Report on horse surra - Volume II, Part II
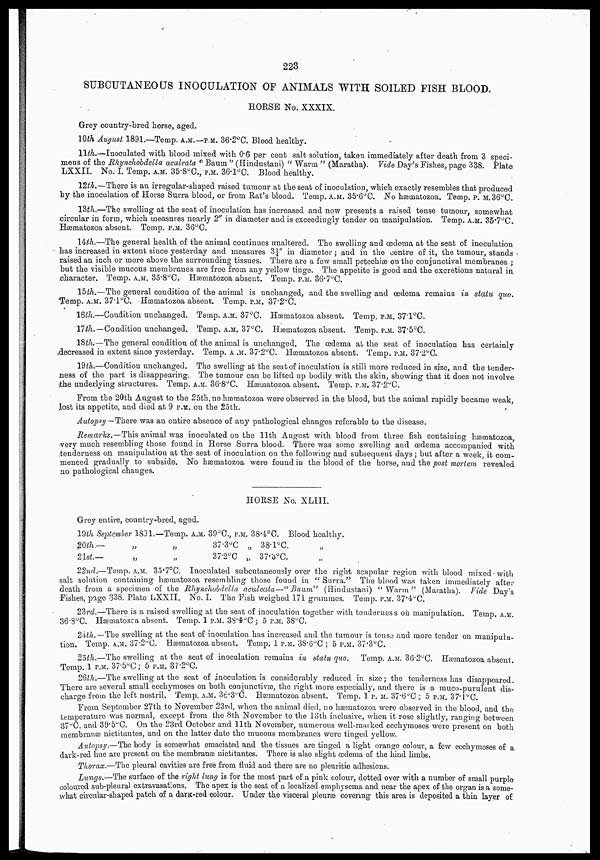
223
SUBCUTANEOUS INOCULATION OF ANIMALS WITH SOILED FISH BLOOD.
HORSE No. XXXIX.
Grey country-bred horse, aged.
10th August 1891.—Temp. A.M.—P.M. 36.2°C. Blood healthy.
11th.—Inoculated with blood mixed with 0.6 per cent salt solution, taken immediately after death from 3 speci-
mens of the Rhynchobdella aculeata " Baum " (Hindustani) " Warm " (Maratha). Vide Day's Fishes, page 338. Plate
LXXII. No. I. Temp. A.M. 35.8°C., P.M. 36.1°C. Blood healthy.
12th.—There is an irregular-shaped raised tumour at the seat of inoculation, which exactly resembles that produced
by the inoculation of Horse Surra blood, or from Rat's blood. Temp. A.M. 35.6°C. NO hæmatozoa. Temp. P.M.36°C.
13th.—The swelling at the seat of inoculation has increased and now presents a raised tense tumour, somewhat
circular in form, which measures nearly 2" in diameter and is exceedingly tender on manipulation. Temp. A.M. 35.7°C.
Hæmatozoa absent. Temp. P.M. 36°C.
14th.—The general health of the animal continues unaltered. The swelling and œdema at the seat of inoculation
has increased in extent since yesterday and measures 3¼" in diameter; and in the centre of it, the tumour, stands
raised an inch or more above the surrounding tissues. There are a few small petechiæ on the conjunctival membranes ;
but the visible mucous membranes are free from any yellow tinge. The appetite is good and the excretions natural in
character. Temp. A.M. 35.8°C. Hæmatozoa absent. Temp. P.M. 36.7°C.
15th.—The general condition of the animal is unchanged, and the swelling and œdema remains in, statu quo.
Temp. A.M. 37.1°C. Hæmatozoa absent. Temp. P.M. 37.2°C.
16th.—Condition unchanged. Temp. A.M. 37°C. Hæmatozoa absent. Temp. P.M. 37.1°C.
17th.—Condition unchanged. Temp. A.M. 37°C. Hæmatozoa absent. Temp. P.M. 37.5°C.
18th.—The general condition of the animal is unchanged. The œdema at the seat of inoculation has certainly
decreased in extent since yesterday. Temp. A.M. 37.2°C. Hæmatozoa absent. Temp. P.M. 37.2°C.
19th.—Condition unchanged. The swelling at the seat of inoculation is still more reduced in size, and the tender-
ness of the part is disappearing. The tumour can be lifted up bodily with the skin, showing that it does not involve
the underlying structures. Temp. A.M. 36.8°C. Hæmatozoa absent. Temp. P.M. 37.2°C.
From the 20th August to the 25th, no hæmatozoa were observed in the blood, but the animal rapidly became weak,
lost its appetite, and died at 9 P.M. on the 25th.
Autopsy — There was an entire absence of any pathological changes referable to the disease.
Remarks.—This animal was inoculated on the 11th August with blood from three fish containing hæmatozoa,
very much resembling those found in Horse Surra blood. There was some swelling and œdema accompanied with
tenderness on manipulation at the seat of inoculation on the following and subsequent days ; but after a week, it com-
menced gradually to subside. No hæmatozoa were found in the blood of the horse, and the post mortem revealed
no pathological changes.
HORSE No. XLIII.
Grey entire, country-bred, aged.
19th
20th.
21st-
September 1891.
— „
—
„
—Temp.
„
„
A.M. 39°C., P.M.
37.3°C
37.2°C
38.4°C. Blood
„ 38.1ºC.
„ 37.3°C.
healthy.
„
„
22nd.—Temp. A.M. 35.7°C. Inoculated subcutaneously over the right scapular region with blood mixed-with
salt solution containing hæmatozoa resembling those found in " Surra." The blood was taken immediately after
death from a specimen of the Rhynchobdella aculeata—"Baum"
(Hindustani) "Warm" (Maratha). Vide Day's
Fishes, page 338. Plate LXXII. No. I. The Fish weighed 171 grammes. Temp. P.M. 37.4°C.
23rd.—There is a raised swelling at the seat of inoculation together with tenderness on manipulation. Temp. A.M.
36.8°C. Hæmatozca absent. Temp. 1 P.M. 38.4°C ; 5 P.M. 38°C.
24th.— The swelling at the seat of inoculation has increased and the tumour is tense and more tender on manipula-
tion. Temp. A.M. 37.2°C. Hæmatozoa absent. Temp. 1 P.M. 38.6°C ; 5 P.M. 37.3°C.
25th.—The swelling at the seat of inoculation remains in statu quo. Temp. A.M. 36.2°C. Hæmatozoa absent.
Temp. 1 P.M. 37.5°C ; 5 P.M. 37.2°C.
26th.—The swelling at the seat of inoculation is considerably reduced in size; the tenderness has disappeared.
There are several small ecchymoses on both conjunctivæ, the right more especially, and there is a muco-purulent dis-
charge from the left nostril. Temp. A.M. 36.3°C. Hæmatozoa absent. Temp. 1 P. M. 37.6°C ; 5 P.M. 37.1°C.
From September 27th to November 23rd, when the animal died, no hæmatozoa were observed in the blood, and the
temperature was normal, except from the 8th November to the 13th inclusive, when it rose slightly, ranging between
37°C. and 39.5°C. On the 23rd October and 11th November, numerous well-marked ecchymoses were present on both
membranæ nictitantes, and on the latter date the mucous membranes were tinged yellow.
Autopsy.—The body is somewhat emaciated and the tissues are tinged a light orange colour, a few ecchymoses of a
dark-red hue are present on the membranæ nictitantes. There is also slight œdema of the hind limbs.
Thorax.—The pleural cavities are free from fluid and there are no pleuritic adhesions.
Lungs.—The surface of the right lung is for the most part of a pink colour, dotted over with a number of small purple
coloured sub-pleural extravasations. The apex is the seat of a localized emphysema and near the apex of the organ is a some-
what circular-shaped patch of a dark-red colour. Under the visceral pleuræ covering this area is deposited a thin layer of